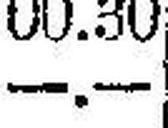
—.—